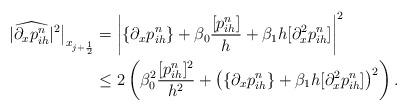
LaTeX: \begin{align*} |\widehat{\partial_xp^n_{ih}}|^2\big|_{x_{j+\frac12}} & = \left|\{\partial_xp_{ih}^n\}+\beta_0\frac{[p^n_{ih}]}{h}+\beta_1h[\partial_x^2p^n_{ih}]\right|^2\\&\leq 2 \left(\beta_0^2\frac{[p^n_{ih}]^2}{h^2}+\left(\{\partial_xp^n_{ih}\}+\beta_1h[\partial_x^2p^n_{ih}] \right)^2 \right).\end{align*}